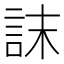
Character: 𮘀